Scottish Leaving Certificate Examination, 1957
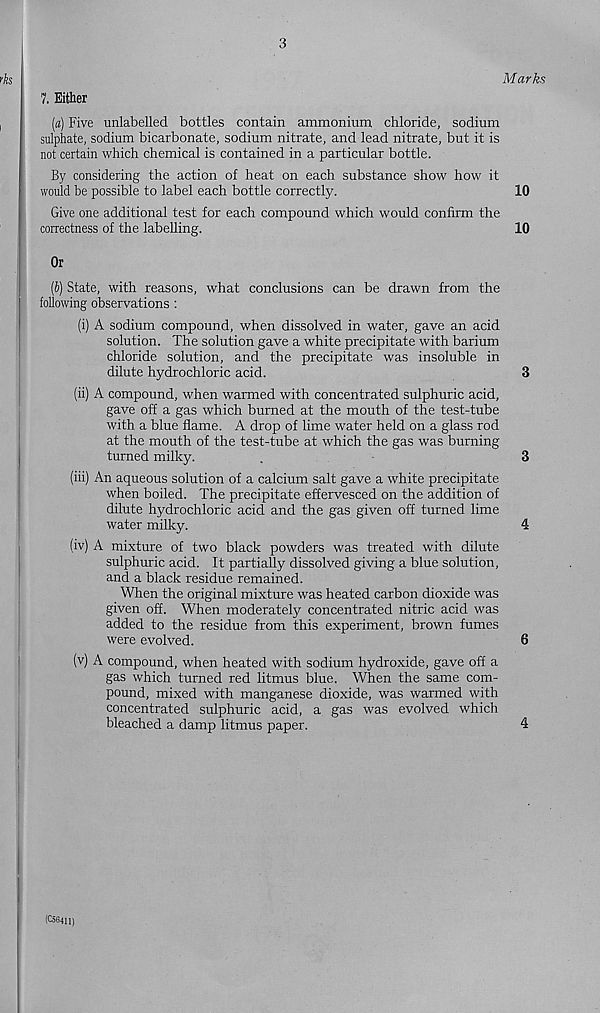
3
7. Either
Marks
(a) Five unlabelled bottles contain ammonium chloride, sodium
sulphate, sodium bicarbonate, sodium nitrate, and lead nitrate, but it is
not certain which chemical is contained in a particular bottle.
By considering the action of heat on each substance show how it
would be possible to label each bottle correctly.
10
Give one additional test for each compound which would confirm the
correctness of the labelling.
10
Or
(b) State, with reasons, what conclusions can be drawn from the
following observations :
(i) A sodium compound, when dissolved in water, gave an acid
solution. The solution gave a white precipitate with barium
chloride solution, and the precipitate was insoluble in
dilute hydrochloric acid.
3
(ii) A compound, when warmed with concentrated sulphuric acid,
gave off a gas which burned at the mouth of the test-tube
with a blue flame. A drop of lime water held on a glass rod
at the mouth of the test-tube at which the gas was burning
turned milky.
.
3
(iii) An aqueous solution of a calcium salt gave a white precipitate
when boiled. The precipitate effervesced on the addition of
dilute hydrochloric acid and the gas given off turned lime
water milky.
4
(iv) A mixture of two black powders was treated with dilute
sulphuric acid. It partially dissolved giving a blue solution,
and a black residue remained.
When the original mixture was heated carbon dioxide was
given off. When moderately concentrated nitric acid was
added to the residue from this experiment, brown fumes
were evolved.
6
(v) A compound, when heated with sodium hydroxide, gave off a
gas which turned red litmus blue. When the same com-
pound, mixed with manganese dioxide, was warmed with
concentrated sulphuric acid, a gas was evolved which
bleached a damp litmus paper.
4